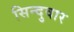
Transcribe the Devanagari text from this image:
सिन्दुवार